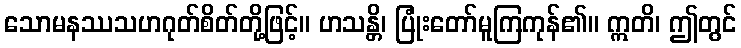
သောမနဿသဟဂုတ်စိတ်တို့ဖြင့်။ ဟသန္တိ၊ ပြုံးတော်မူကြကုန်၏။ ဣတိ၊ ဤတွင်